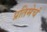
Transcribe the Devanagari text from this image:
प्रतिमेचं